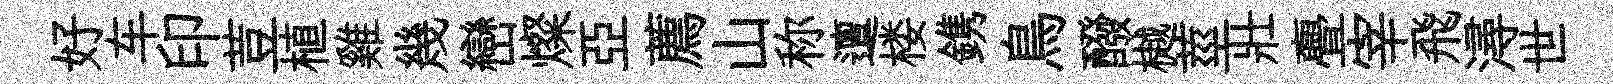
好车印荳植雞幾巒燦亞薦山称邅楼鎸鳥醱樾莖壯亹宰飛潯世